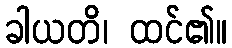
ခါယတိ၊ ထင်၏။